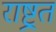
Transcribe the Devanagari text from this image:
राष्ट्रत